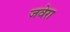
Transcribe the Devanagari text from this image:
जवेरा